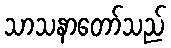
သာသနာတော်သည်